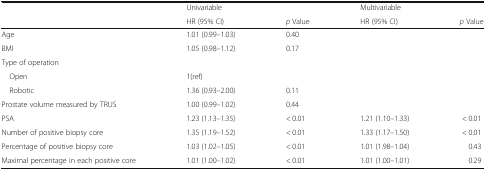
<table><thead><tr><td rowspan="2"></td><td><b>Univariable</b></td><td></td><td><b>Multivariable</b></td><td></td></tr><tr><td><b>HR (95% CI)</b></td><td><b><i>p</i> Value</b></td><td><b>HR (95% CI)</b></td><td><b><i>p</i> Value</b></td></tr></thead><tbody><tr><td>Age</td><td>1.01 (0.99–1.03)</td><td>0.40</td><td></td><td></td></tr><tr><td>BMI</td><td>1.05 (0.98–1.12)</td><td>0.17</td><td></td><td></td></tr><tr><td colspan="5">Type of operation</td></tr><tr><td> Open</td><td>1(ref)</td><td></td><td></td><td></td></tr><tr><td> Robotic</td><td>1.36 (0.93–2.00)</td><td>0.11</td><td></td><td></td></tr><tr><td>Prostate volume measured by TRUS</td><td>1.00 (0.99–1.02)</td><td>0.44</td><td></td><td></td></tr><tr><td>PSA</td><td>1.23 (1.13–1.35)</td><td>&lt; 0.01</td><td>1.21 (1.10–1.33)</td><td>&lt; 0.01</td></tr><tr><td>Number of positive biopsy core</td><td>1.35 (1.19–1.52)</td><td>&lt; 0.01</td><td>1.33 (1.17–1.50)</td><td>&lt; 0.01</td></tr><tr><td>Percentage of positive biopsy core</td><td>1.03 (1.02–1.05)</td><td>&lt; 0.01</td><td>1.01 (1.98–1.04)</td><td>0.43</td></tr><tr><td>Maximal percentage in each positive core</td><td>1.01 (1.00–1.02)</td><td>&lt; 0.01</td><td>1.01 (1.00–1.01)</td><td>0.29</td></tr></tbody></table>